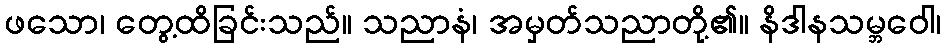
ဖသော၊ တွေ့ထိခြင်းသည်။ သညာနံ၊ အမှတ်သညာတို့၏။ နိဒါနသမ္ဘဝေါ၊